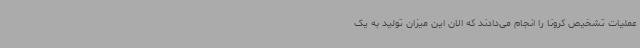
عملیات تشخیص کرونا را انجام می‌دادند که الان این میزان تولید به یک